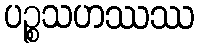
ပဉ္စသဟဿဿ